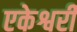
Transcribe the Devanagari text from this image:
एकेश्वरी